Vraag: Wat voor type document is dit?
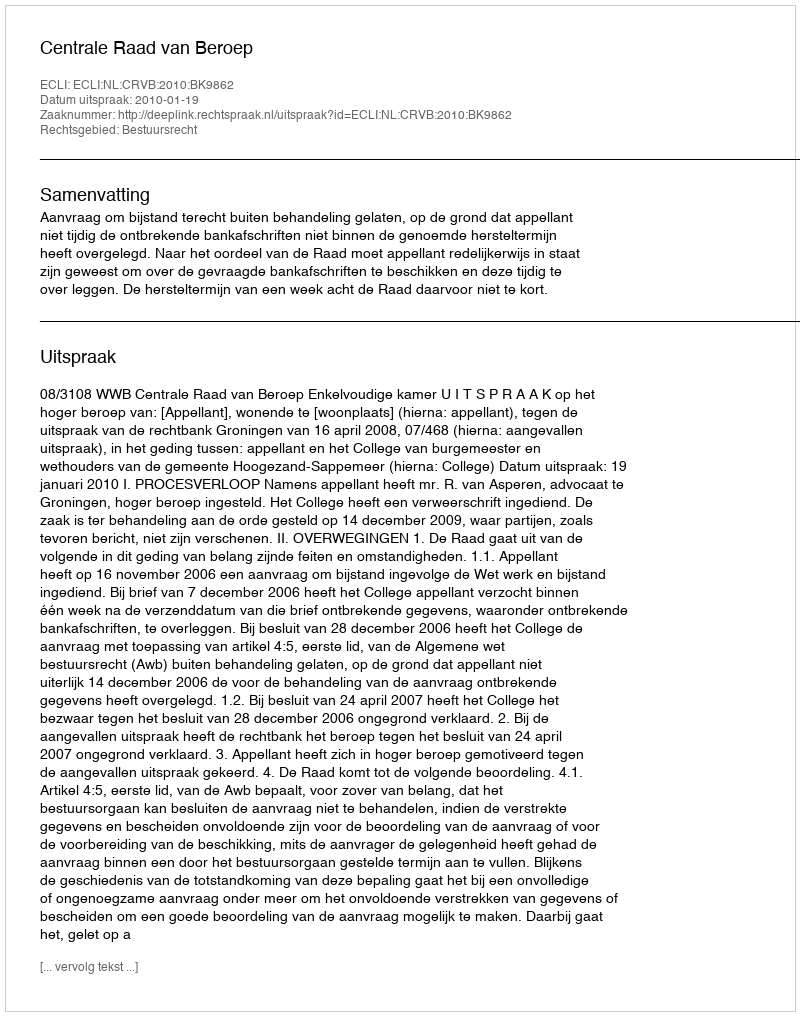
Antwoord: Uitspraak